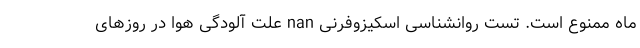
ماه ممنوع است. تست روانشناسی اسکیزوفرنی nan علت آلودگی هوا در روزهای